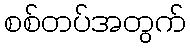
စစ်တပ်အတွက်